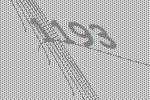
1193